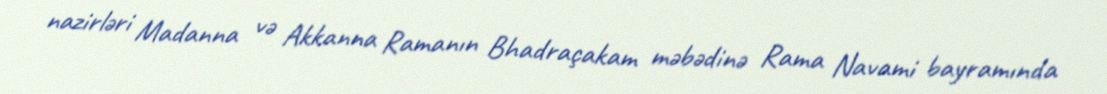
nazirləri Madanna və Akkanna Ramanın Bhadraçakam məbədinə Rama Navami bayramında